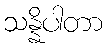
သန္နိပါတာ